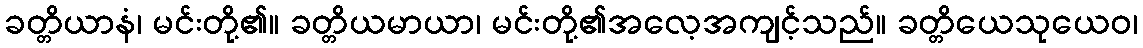
ခတ္တိယာနံ၊ မင်းတို့၏။ ခတ္တိယမာယာ၊ မင်းတို့၏အလေ့အကျင့်သည်။ ခတ္တိယေသုယေဝ၊